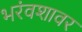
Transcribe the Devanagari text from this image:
भरंवशावर